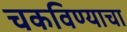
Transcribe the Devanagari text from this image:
चकविण्याचा